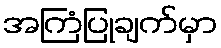
အကြံပြုချက်မှာ